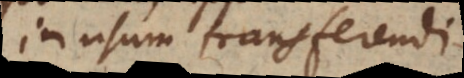
in usum transferendi